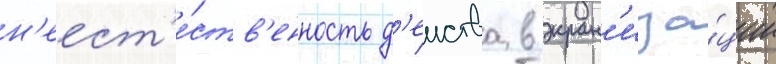
н'еест'е́ств'енность д'еиства в экран'иза́ции